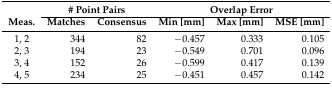
<table><thead><tr><td></td><td colspan="2"><b># Point Pairs</b></td><td colspan="3"><b>Overlap Error</b></td></tr><tr><td><b>Meas.</b></td><td><b>Matches</b></td><td><b>Consensus</b></td><td><b>Min [mm]</b></td><td><b>Max [mm]</b></td><td><b>MSE [mm]</b></td></tr></thead><tbody><tr><td>1, 2</td><td>344</td><td>82</td><td>−0.457</td><td>0.333</td><td>0.105</td></tr><tr><td>2, 3</td><td>194</td><td>23</td><td>−0.549</td><td>0.701</td><td>0.096</td></tr><tr><td>3, 4</td><td>152</td><td>26</td><td>−0.599</td><td>0.417</td><td>0.139</td></tr><tr><td>4, 5</td><td>234</td><td>25</td><td>−0.451</td><td>0.457</td><td>0.142</td></tr></tbody></table>